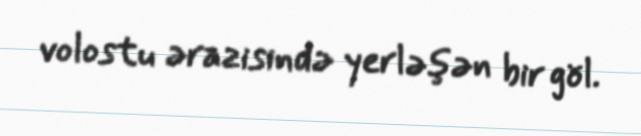
volostu ərazisində yerləşən bir göl.